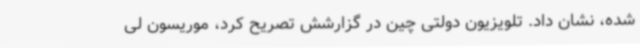
شده، نشان داد. تلویزیون دولتی چین در گزارشش تصریح کرد، موریسون لی